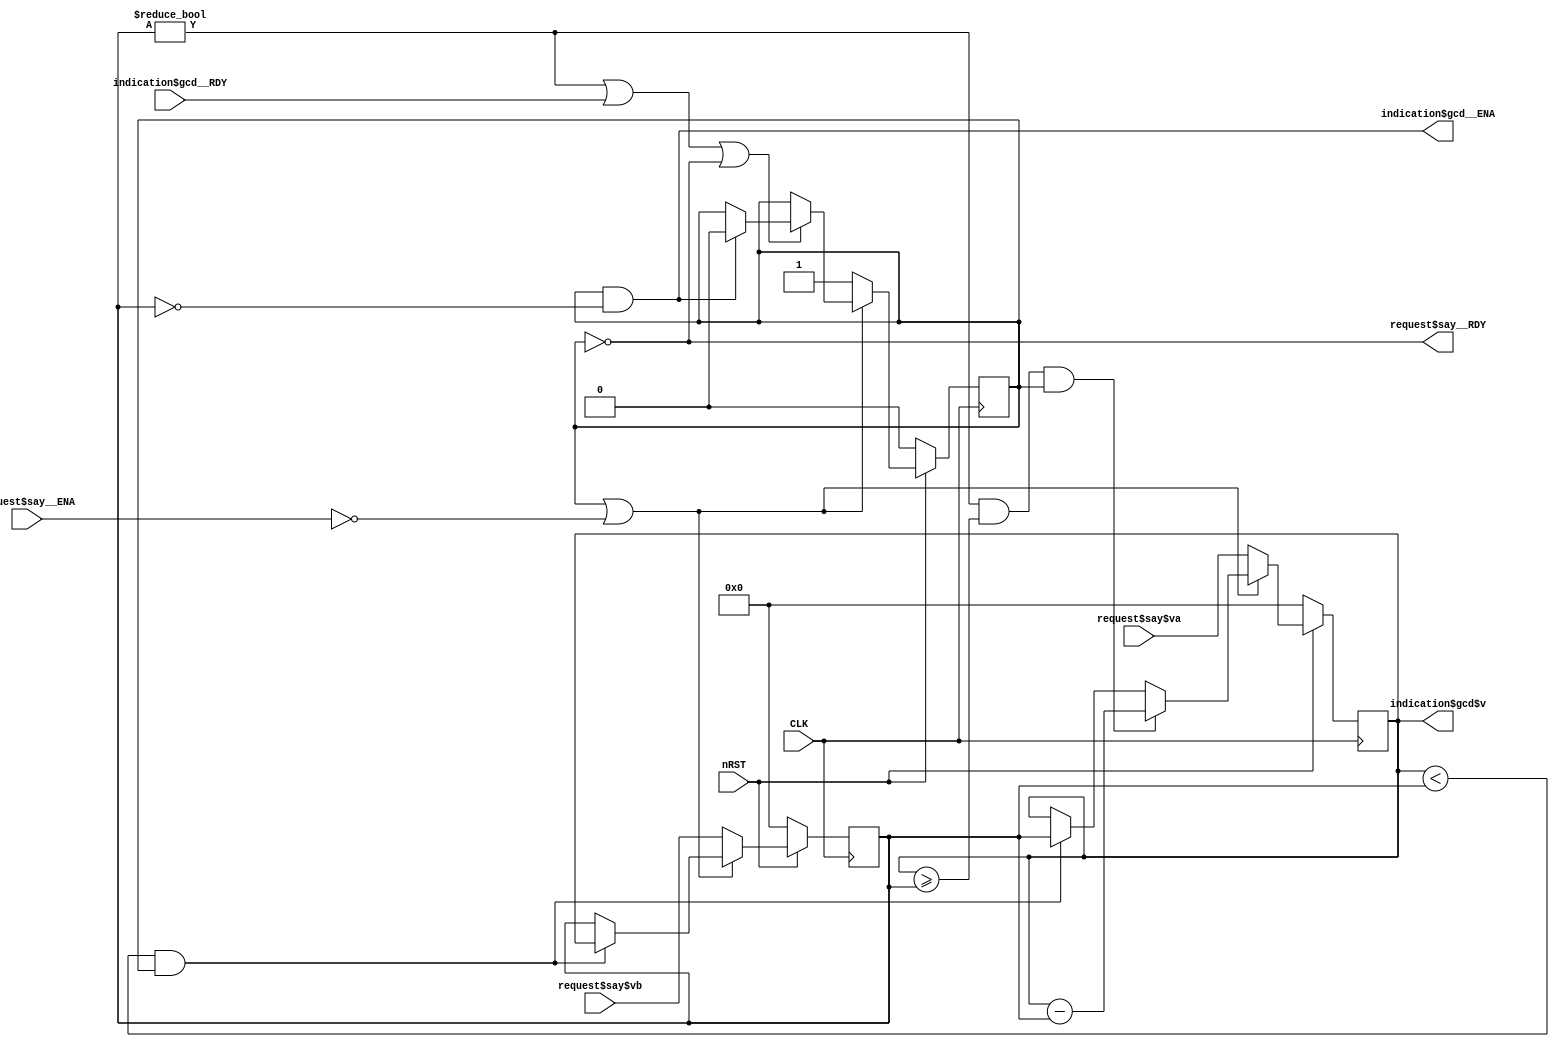
module Gcd2 (input wire CLK, input wire nRST,
    input wire request$say__ENA,
    input wire [31:0]request$say$va,
    input wire [31:0]request$say$vb,
    output wire request$say__RDY,
    output wire indication$gcd__ENA,
    output wire [31:0]indication$gcd$v,
    input wire indication$gcd__RDY);
    reg [31:0]a;
    reg [31:0]b;
    reg running;
    wire RULE$respond_rule__ENA;
    wire RULE$respond_rule__RDY;
    assign indication$gcd$v = a;
    assign indication$gcd__ENA = running & ( b == 32'd0 );
    assign request$say__RDY = !running;
    // Extra assigments, not to output wires
    assign RULE$respond_rule__ENA = ( b != 32'd0 ) | indication$gcd__RDY | ( !running );
    assign RULE$respond_rule__RDY = ( b != 32'd0 ) | indication$gcd__RDY | ( !running );

    always @( posedge CLK) begin
      if (!nRST) begin
        a <= 0;
        b <= 0;
        running <= 0;
      end // nRST
      else begin
        // RULE$flip_rule__ENA
            if (( a < b ) & ( running != 0 )) begin
            b <= a;
            a <= b;
            end;
        // End of RULE$flip_rule__ENA
        // RULE$mod_rule__ENA
            if (( b != 0 ) & ( a >= b ) & ( running != 0 ))
            a <= a - b;
        // End of RULE$mod_rule__ENA
        if (RULE$respond_rule__ENA & RULE$respond_rule__RDY) begin // RULE$respond_rule__ENA
            if (( b == 0 ) & ( running != 0 ))
            running <= 0;
        end; // End of RULE$respond_rule__ENA
        if (!( running | ( !request$say__ENA ) )) begin // request$say__ENA
            a <= request$say$va;
            b <= request$say$vb;
            running <= 1;
        end; // End of request$say__ENA
      end
    end // always @ (posedge CLK)
endmodule